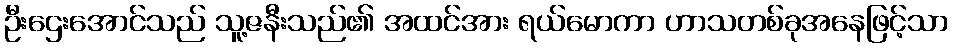
ဦးဌေးအောင်သည် သူ့ဇနီးသည်၏ အထင်အား ရယ်မောကာ ဟာသတစ်ခုအနေဖြင့်သာ